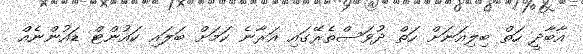
އާބާދީ ހަތް ބިލިއަނަށް ހަތް ދުވަސްތެރޭގައި އަރާނެ ކަމަށް ބަލައި ކައުންޓް ޑައުންނެއް